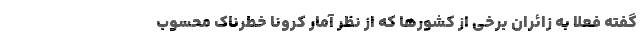
گفته فعلا به زائران برخی از کشورها که از نظر آمار کرونا خطرناک محسوب